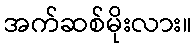
အက်ဆစ်မိုးလား။